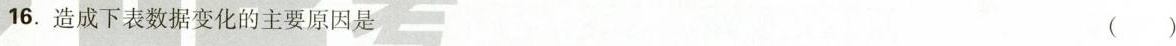
16.造成下表数据变化的主要原因是 (